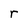
Character: r